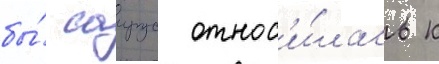
бы́ саирус относ'и́лась к